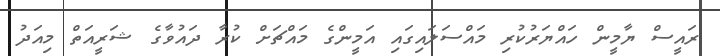
ރައީސް ޔާމީން ހައްޔަރުކުރި މައްސަލައިގައި އަމީންގެ މައްޗަށް ކުރާ ދައުވާގެ ޝަރީއަތް މިއަދު